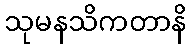
သုမနသိကတာနိ